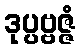
ဒုပ္ပဗ္ဗဇ္ဇံ